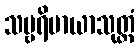
သမ္ဗရိမာယာသုတ္တံ